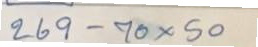
269 - 70 x 50